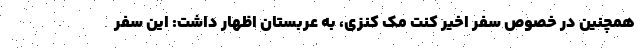
همچنین در خصوص سفر اخیر کنت مک کنزی، به عربستان اظهار داشت: این سفر